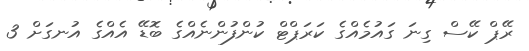
ރޭޕް ކޭސް ގިނަ ގައުމެއްގެ ކަރަޕްޓް ކުންފުންނެއްގެ ބޮޑޭ އެއްގެ އުނގަށް 3